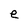
Character: e